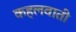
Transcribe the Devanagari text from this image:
कहलवाती